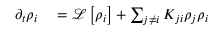
\begin{array} { r l } { \partial _ { t } \rho _ { i } } & { { } = \mathcal { L } \left[ \rho _ { i } \right] + \sum _ { j \neq i } K _ { j i } \rho _ { j } \rho _ { i } } \end{array}